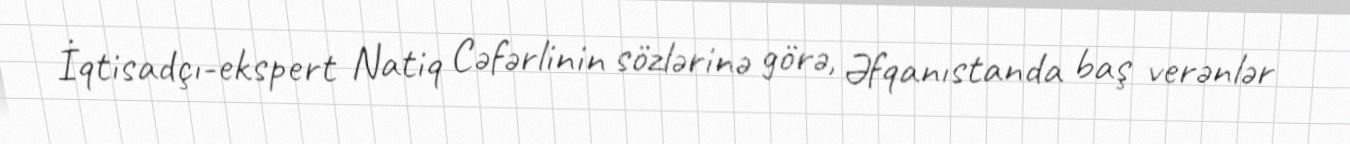
İqtisadçı-ekspert Natiq Cəfərlinin sözlərinə görə, Əfqanıstanda baş verənlər